Report on horse surra - Volume I
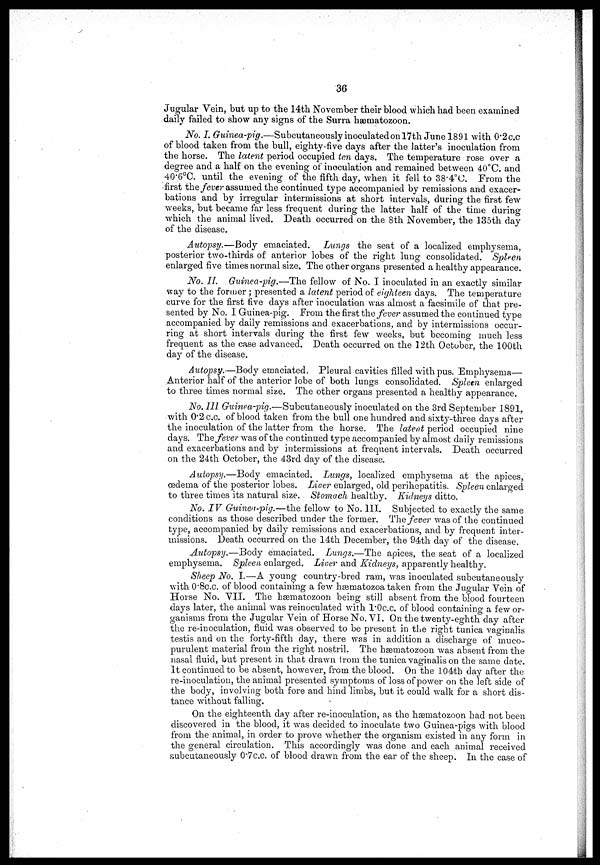
36
Jugular Vein, but up to the 14th November their blood which had been examined
daily failed to show any signs of the Surra hæmatozoon.
No. I. Guinea-pig.—Subcutaneously inoculated on 17th June 1891 with 0.2c.c
of blood taken from the bull, eighty-five days after the latter's inoculation from
the horse. The latent period occupied ten days. The temperature rose over a
degree and a half on the evening of inoculation and remained between 40°C. and
40.6°C. until the evening of the fifth day, when it fell to 38.4°C. From the
first the fever assumed the continued type accompanied by remissions and exacer-
bations and by irregular intermissions at short intervals, during the first few
weeks, but became far less frequent during the latter half of the time during
which the animal lived. Death occurred on the 8th November, the 135th day
of the disease.
Autopsy.—Body emaciated. Lungs the seat of a localized emphysema,
posterior two-thirds of anterior lobes of the right lung consolidated. Spleen
enlarged five times normal size. The other organs presented a healthy appearance.
No. II. Guinea-pig.—The fellow of No. I inoculated in an exactly similar
way to the former ; presented a latent period of eighteen days. The temperature
curve for the first five days after inoculation was almost a facsimile of that pre-
sented by No. I Guinea-pig. From the first the fever assumed the continued type
accompanied by daily remissions and exacerbations, and by intermissions occur-
ring at short intervals during the first few weeks, but becoming much less
frequent as the case advanced. Death occurred on the 12th October, the 100th
day of the disease.
Autopsy.— Body emaciated. Pleural cavities filled with pus. Emphysema—
Anterior half of the anterior lobe of both lungs consolidated. Spleen enlarged
to three times normal size. The other organs presented a healthy appearance.
No. III Guinea-pig.—Subcutaneously inoculated on the 3rd September 1891,
with 0.2 c.c. of blood taken from the bull one hundred and sixty-three days after
the inoculation of the latter from the horse. The latent period occupied nine
days. The fever was of the continued type accompanied by almost daily remissions
and exacerbations and by intermissions at frequent intervals. Death occurred
on the 24th October, the 43rd day of the disease.
Autopsy.—Body emaciated. Lungs, localized emphysema at the apices,
oedema of the posterior lobes. Liver enlarged, old perihepatitis. Spleen enlarged
to three times its natural size. Stomach healthy. Kidneys ditto.
No. IV Guinea-pig.—the fellow to No. III. Subjected to exactly the same
conditions as those described under the former. The fever was of the continued
type, accompanied by daily remissions and exacerbations, and by frequent inter-
missions. Death occurred on the 14th December, the 94th day of the disease.
Autopsy.—Body emaciated. Lungs.—The apices, the seat of a localized
emphysema. Spleen enlarged. Liver and Kidneys, apparently healthy.
Sheep No.. I.—A young country-bred ram, was inoculated subcutaneously
with 0.8c.c. of blood containing a few hæmatozoa taken from the Jugular Vein of
Horse No. VII. The hæmatozoon being still absent from the blood fourteen.
days later, the animal was reinoculated with l.0c.c. of blood containing a few or-
ganisms from the Jugular Vein of Horse No. VI. On the twenty-eghth day after
the re-inoculation, fluid was observed to be present in the right tunica vaginalis
testis and on the forty-fifth day, there was in addition a discharge of muco-
purulent material from the right nostril. The hæmatozoon was absent from the
nasal fluid, but present in that drawn from the tunica vaginalis on the same date.
It continued to be absent, however, from the blood. On the 104th day after the
re-inoculation, the animal presented symptoms of loss of power on the left side of
the body, involving both fore and hind limbs, but it could walk for a short dis-
tance without falling.
On the eighteenth day after re-inoculation, as the hæmatozoon had not been
discovered in the blood, it was decided to inoculate two Guinea-pigs with blood
from the animal, in order to prove whether the organism existed in any form in
the general circulation. This accordingly was done and each animal received
subcutaneously 0.7c.c. of blood drawn from the ear of the sheep. In the case of